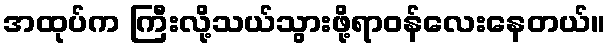
အထုပ်က ကြီးလို့သယ်သွားဖို့ရာဝန်လေးနေတယ်။